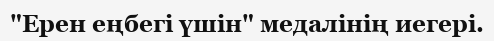
"Ерен еңбегі үшін" медалінің иегері.